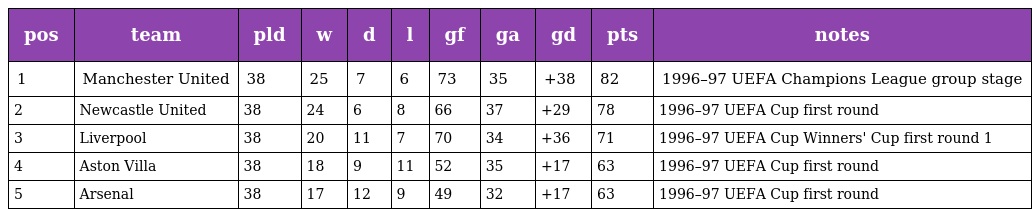
| pos | team | pld | w | d | l | gf | ga | gd | pts | notes |
 | --- | --- | --- | --- | --- | --- | --- | --- | --- | --- | --- |
 | 1 | Manchester United | 38 | 25 | 7 | 6 | 73 | 35 | +38 | 82 | 1996–97 UEFA Champions League group stage |
 | 2 | Newcastle United | 38 | 24 | 6 | 8 | 66 | 37 | +29 | 78 | 1996–97 UEFA Cup first round |
 | 3 | Liverpool | 38 | 20 | 11 | 7 | 70 | 34 | +36 | 71 | 1996–97 UEFA Cup Winners' Cup first round 1 |
 | 4 | Aston Villa | 38 | 18 | 9 | 11 | 52 | 35 | +17 | 63 | 1996–97 UEFA Cup first round |
 | 5 | Arsenal | 38 | 17 | 12 | 9 | 49 | 32 | +17 | 63 | 1996–97 UEFA Cup first round |